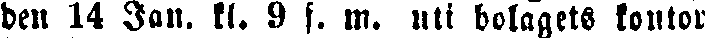
den 14 Jan. kl. 9 f. m. uti bolagets kontor